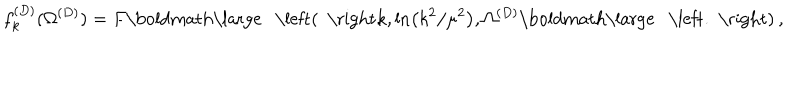
f _ { k } ^ { ( D ) } ( \Omega ^ { ( { D } ) } ) = F \mathrm { \boldmath \large ~ \left( ~ \right. ~ } \! \! \! k , \ln \left( k ^ { 2 } / \mu ^ { 2 } \right) , \Omega ^ { ( { D } ) } \mathrm { \boldmath \large ~ \left. ~ \right) ~ } \! \! \; ,